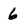
Character: 6